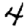
Digit: 4